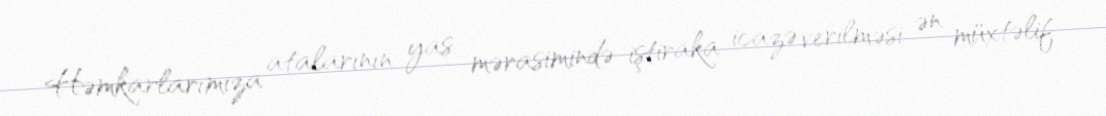
Həmkarlarımıza atalarının yas mərasimində iştiraka icazə verilməsi ən müxtəlif